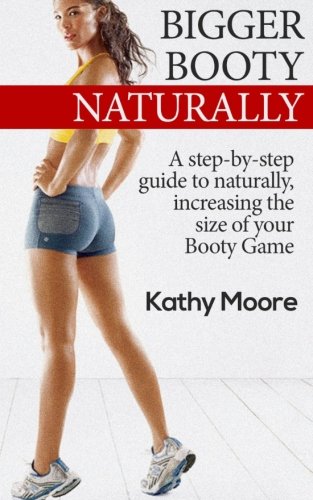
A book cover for Bigger Booty Naturally: A step by step guide to naturally increase the size of your  Booty Game; Kathy Moore; Health, Fitness & Dieting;